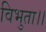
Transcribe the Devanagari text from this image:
विभुता।।